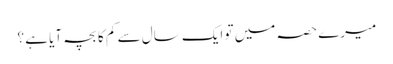
میرے حصہ میں تو ایک سال سے کم کا بچہ آیا ہے ؟